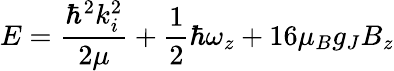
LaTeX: E=\frac{\hbar^{2}k_{i}^{2}}{2\mu}+\frac{1}{2}\hbar\omega_{z}+16\mu_{B}g_{J}B_{z}